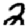
Digit: 2